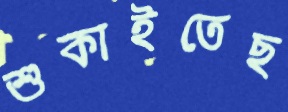
শুকাইতেছ